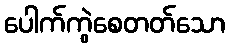
ပေါက်ကွဲစေတတ်သော